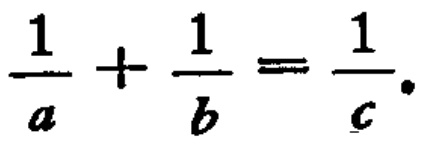
$\frac{1}{a}+\frac{1}{b}=\frac{1}{c}.$